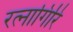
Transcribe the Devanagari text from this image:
रत्‍नागिरि